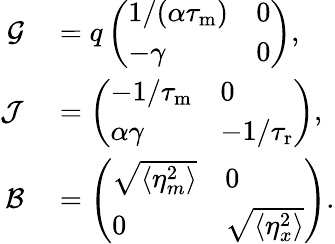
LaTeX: \begin{array}{rl}{\mathcal{G}}&{{}=q\left(\begin{array}{ll}{1/(\alpha{\tau_{\mathrm{m}}})}&{0}\\ {-\gamma}&{0}\end{array}\right),}\\ {\mathcal{J}}&{{}=\left(\begin{array}{ll}{-1/{\tau_{\mathrm{m}}}}&{0}\\ {\alpha\gamma}&{-1/{\tau_{\mathrm{r}}}}\end{array}\right),}\\ {\mathcal{B}}&{{}=\left(\begin{array}{ll}{\sqrt{\langle\eta_{m}^{2}\rangle}}&{0}\\ {0}&{\sqrt{\langle\eta_{x}^{2}\rangle}}\end{array}\right).}\end{array}